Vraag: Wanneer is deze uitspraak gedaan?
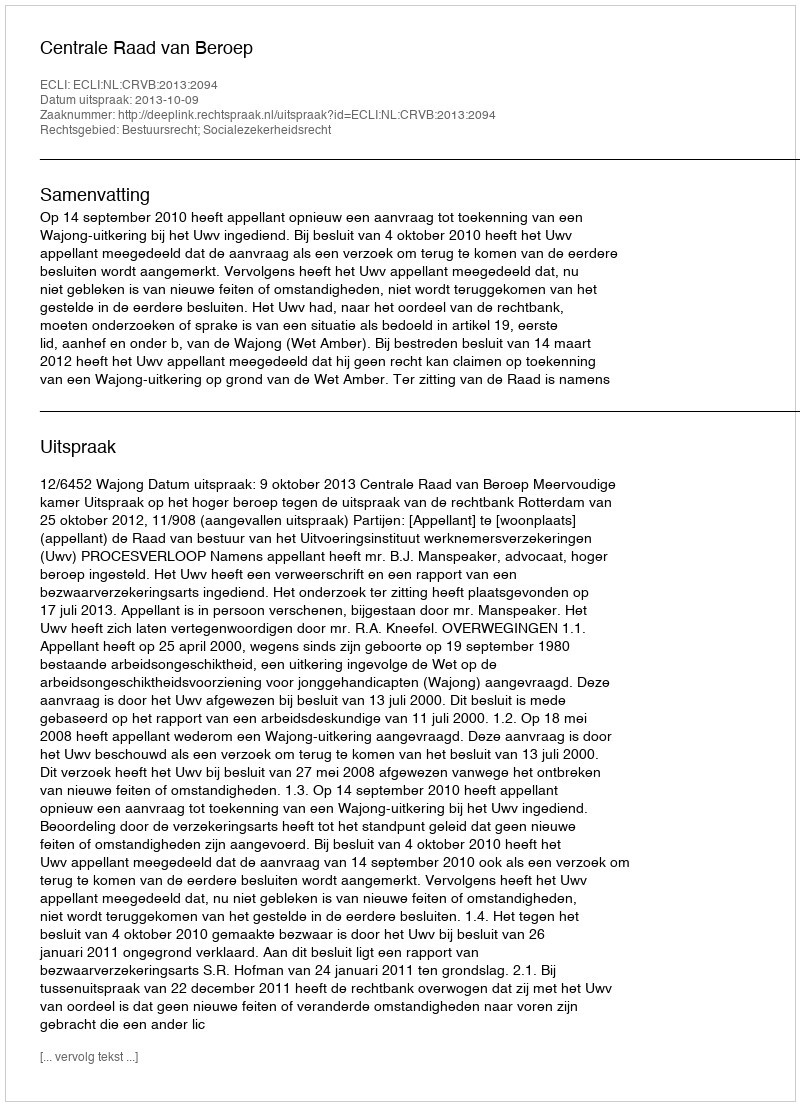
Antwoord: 2013-10-09